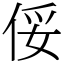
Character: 俀